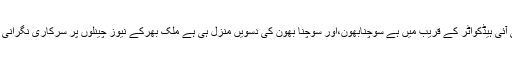
دہلی میں سی بی آئی ہیڈکواٹر کے قریب میں ہے سوچنابھون،اور سوچنا بھون کی دسویں منزل ہی ہے ملک بھر‌کے نیوز چینلوں پر سرکاری نگرانی کا گراؤنڈ زیرو۔